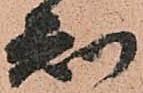
知